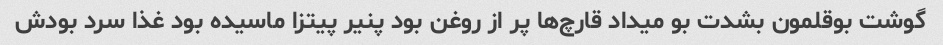
گوشت بوقلمون بشدت بو میداد قارچ‌ها پر از روغن بود پنیر پیتزا ماسیده بود غذا سرد بودش